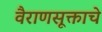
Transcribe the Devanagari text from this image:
वैराणसूक्ताचे